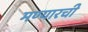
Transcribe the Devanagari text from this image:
मण्यारची